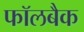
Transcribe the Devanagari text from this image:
फॉलबैक